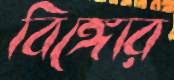
বিঙ্গোর